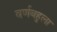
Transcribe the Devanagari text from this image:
वर्णबहुला